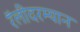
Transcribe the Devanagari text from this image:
रॅलीदरम्यान